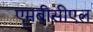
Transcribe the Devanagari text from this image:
एमबीसीएल